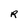
Character: R